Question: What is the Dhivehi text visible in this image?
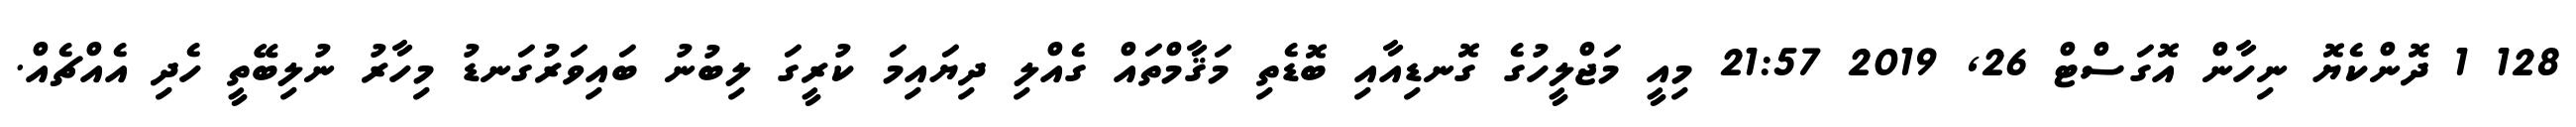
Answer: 128 1 ދޮންކެޔޮ ނިހާން އޮގަސްޓް 26, 2019 21:57 މިއީ މަޖްލީހުގެ ގޮނޑިއާއި ބޮޑެތި މަޤާމްތައް ގެއްލި ދިޔައިމަ ކުރީގަ ލިބުނު ބައިވަރުގަނޑު މިހާރު ނުލިބޭތީ ހެދި އެއްޗެއް.